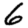
Digit: 6